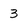
Character: 3